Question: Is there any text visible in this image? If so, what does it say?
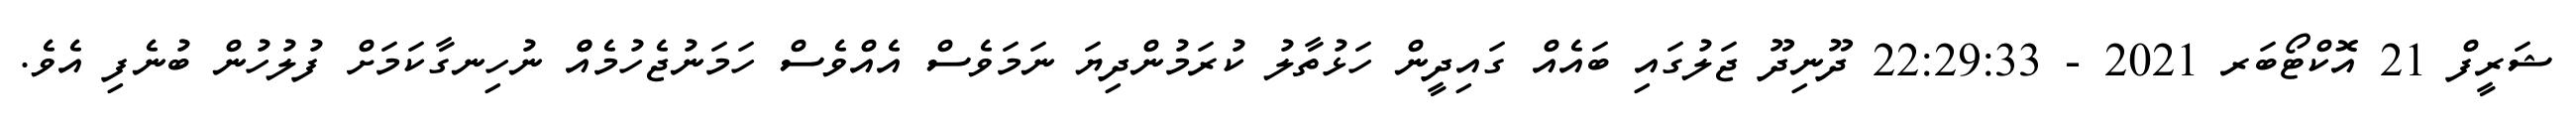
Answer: ޝަރީފް 21 އޮކްޓޯބަރ 2021 - 22:29:33 ދޫނިދޫ ޖަލުގައި ބައެއް ގައިދީން ހަޅުތާލު ކުރަމުންދިޔަ ނަމަވެސް އެއްވެސް ހަމަނުޖެހުމެއްް ނުހިނގާކަމަށް ފުލުހުން ބުނެފި އެވެ.